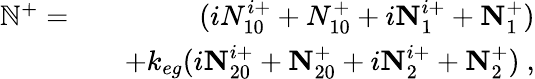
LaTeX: \begin{array}{rlr}{\mathbb{N}^{+}=}&{}&{(iN_{10}^{i+}+N_{10}^{+}+i\textbf{N}_{1}^{i+}+\textbf{N}_{1}^{+})}\\ &{}&{+k_{eg}(i\textbf{N}_{20}^{i+}+\textbf{N}_{20}^{+}+i\textbf{N}_{2}^{i+}+\textbf{N}_{2}^{+})~,}\end{array}